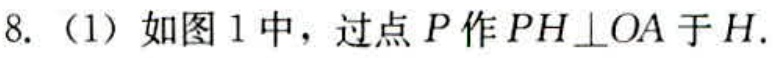
8.（1）如图1中，过点\(P\)作\(PH\perp OA\)于\(H\).